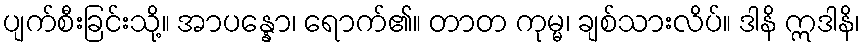
ပျက်စီးခြင်းသို့။ အာပန္နော၊ ရောက်၏။ တာတ ကုမ္မ၊ ချစ်သားလိပ်။ ဒါနိ ဣဒါနိ၊